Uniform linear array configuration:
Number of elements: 12
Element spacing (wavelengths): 0.5
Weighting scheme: exponential
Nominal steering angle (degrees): -15
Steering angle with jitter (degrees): -15.089
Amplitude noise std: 0.05
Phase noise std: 0.05

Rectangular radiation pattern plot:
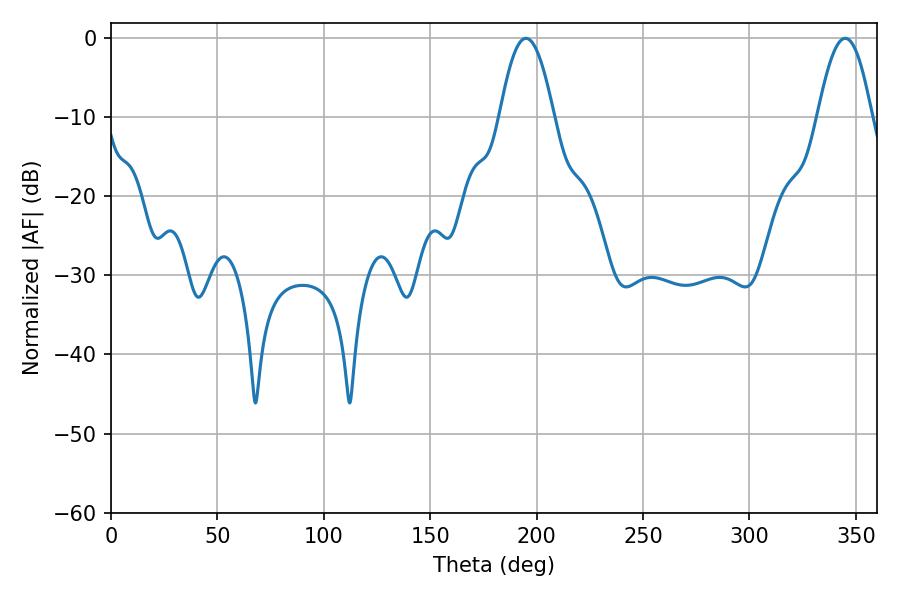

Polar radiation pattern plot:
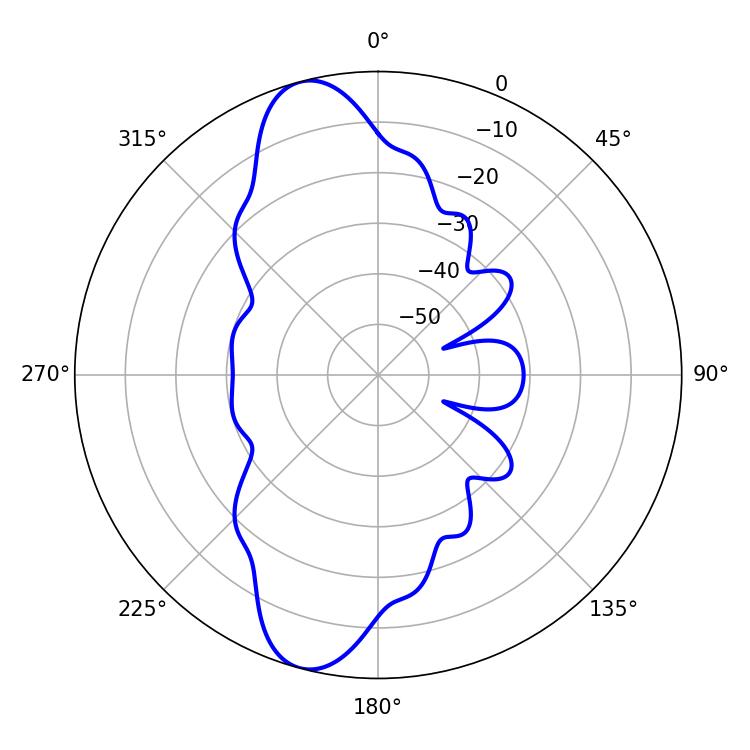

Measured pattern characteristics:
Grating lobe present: FALSE
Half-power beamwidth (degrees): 13.86
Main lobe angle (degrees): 194.94